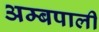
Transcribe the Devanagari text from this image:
अम्बपाली